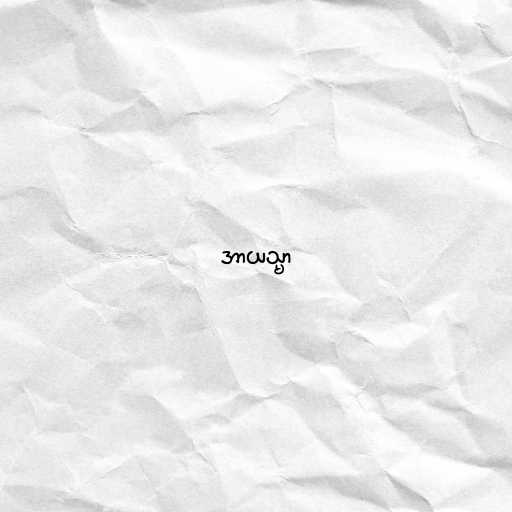
အာယသ္မာ